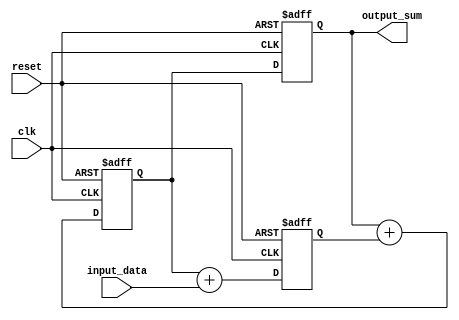
module cascaded_accumulator(
    input wire clk,
    input wire reset,
    input wire [7:0] input_data,
    output reg [15:0] output_sum
);

reg [15:0] sum_A;
reg [15:0] sum_B;
reg [15:0] sum_C;

always @(posedge clk or posedge reset) begin
    if (reset)
        sum_A <= 16'b0;
    else
        sum_A <= sum_B + input_data;
end

always @(posedge clk or posedge reset) begin
    if (reset)
        sum_B <= 16'b0;
    else
        sum_B <= sum_C + sum_A;
end

always @(posedge clk or posedge reset) begin
    if (reset)
        sum_C <= 16'b0;
    else
        sum_C <= sum_B;
end

assign output_sum = sum_C;

endmodule